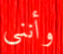
وأنني